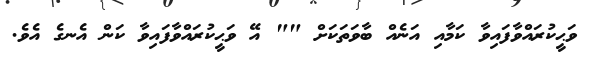
ވަޙީކުރައްވާފައިވާ ކަމާއި އަނެއް ބާވަތަކަށް "" އޭ ވަޙީކުރައްވާފައިވާ ކަން އެނގެ އެވެ.